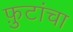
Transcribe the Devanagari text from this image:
फ़ुटांचा